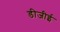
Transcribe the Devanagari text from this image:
डीजीई